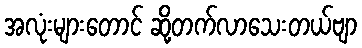
အလုံးများတောင် ဆို့တက်လာသေးတယ်ဗျာ